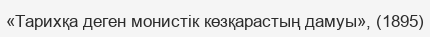
«Тарихқа деген монистік көзқарастың дамуы», (1895)